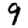
Digit: 9